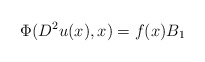
\begin{align*}\Phi(D^2 u(x) , x) = f(x) B_1\end{align*}